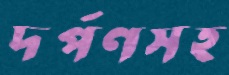
দর্পণসহ